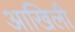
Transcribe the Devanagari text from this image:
आखिली